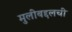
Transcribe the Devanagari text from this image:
मुलीबद्दलची